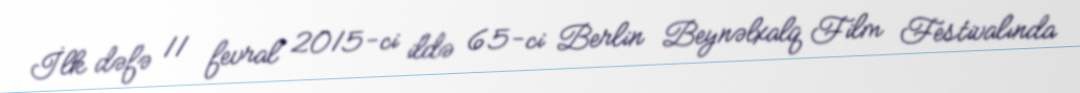
İlk dəfə 11 fevral 2015-ci ildə 65-ci Berlin Beynəlxalq Film Festivalında